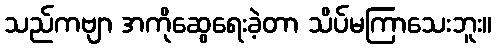
သည်ကဗျာ အကိုဆွေရေးခဲ့တာ သိပ်မကြာသေးဘူး။